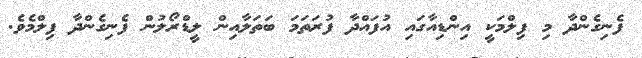
ފެނިގެންދާ މި ފިލްމަކީ އިންޑިއާގައި އުފައްދާ ފުރަތަމަ ބަތަލާއިން ލީޑްރޯލުން ފެނިގެންދާ ފިލްމެވެ.